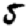
Digit: 5